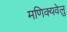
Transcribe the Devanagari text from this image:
मणिक्यवेलु